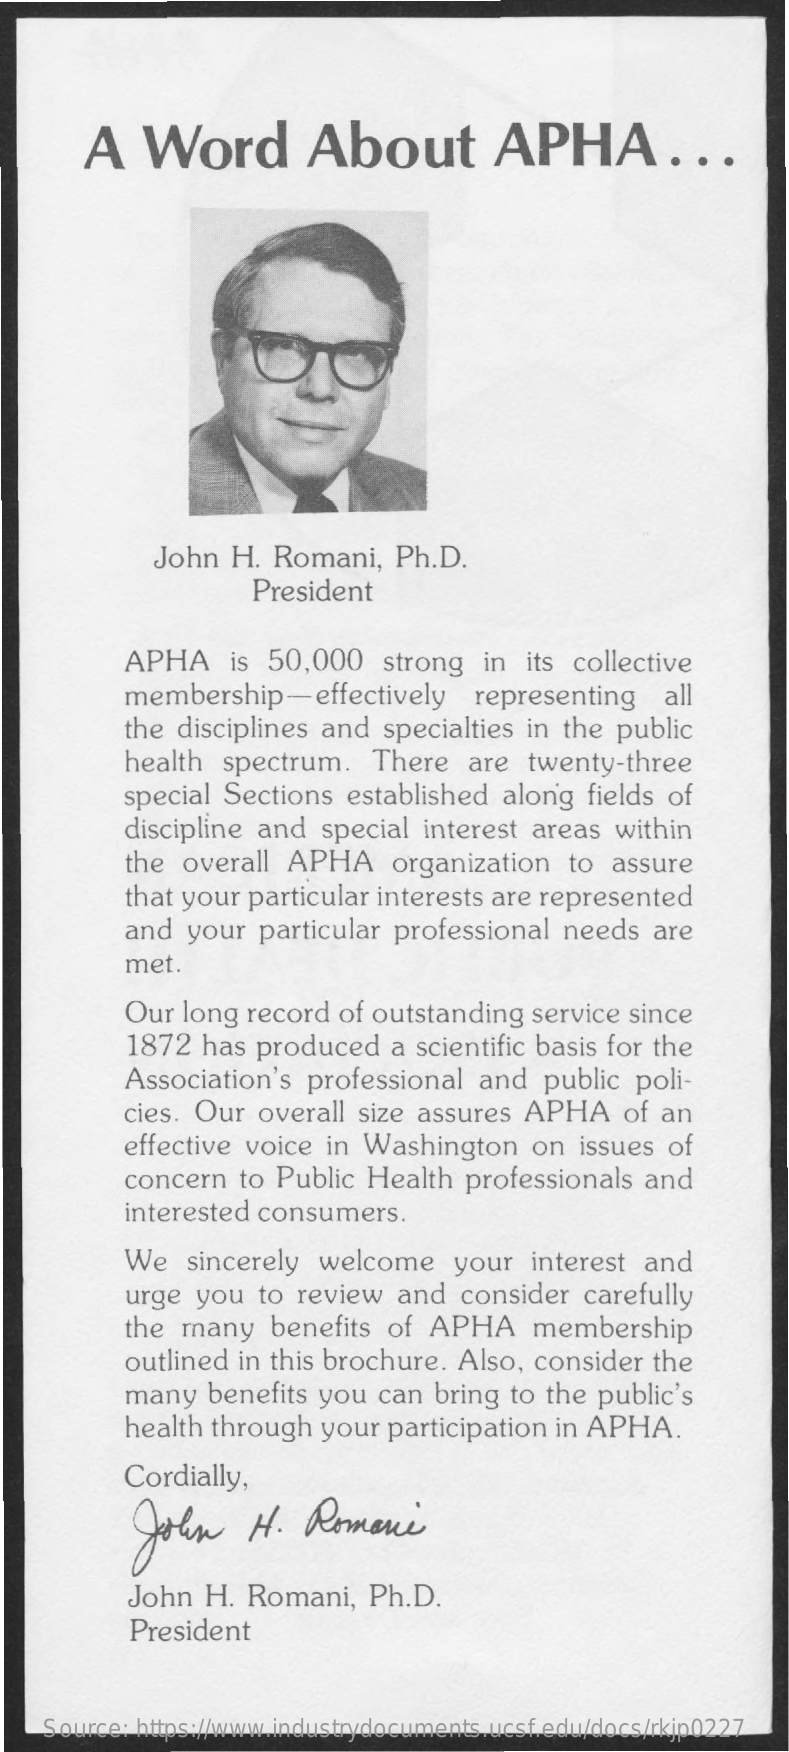
A    Word    About    APHA    . ..
     John  H.  Romani,   Ph.D.
     President
     APHA    is  50,000   strong   in its collective
     membership-effectively    representing    all
     the disciplines and  specialties in the  public
     health  spectrum.   There   are  twenty-three
     special Sections  established  along  fields of
     discipline and  special interest  areas  within
     the overall  APHA    organization   to assure
     that your particular interests are represented
     and  your  particular professional  needs   are
     met.
     Our long  record of outstanding   service since
     1872  has produced    a scientific basis for the
     Association's  professional  and   public poli-
     cies. Our  overall size assures  APHA    of  an
     effective voice in  Washington    on  issues of
     concern  to Public  Health  professionals  and
     interested consumers.
     We   sincerely  welcome    your   interest and
     urge you   to review  and   consider  carefully
     the many    benefits of  APHA    membership
     outlined in this brochure. Also,  consider  the
     many  benefits  you  can  bring to the public's
     health through  your  participation in APHA.
     Cordially,
     John    H.   Romanic
     John  H.  Romani,   Ph.D.
     President
    Source: https://www.industrydocuments.ucsf.edu/docs/rkjp0227